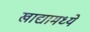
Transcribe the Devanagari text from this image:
खाद्यामध्ये